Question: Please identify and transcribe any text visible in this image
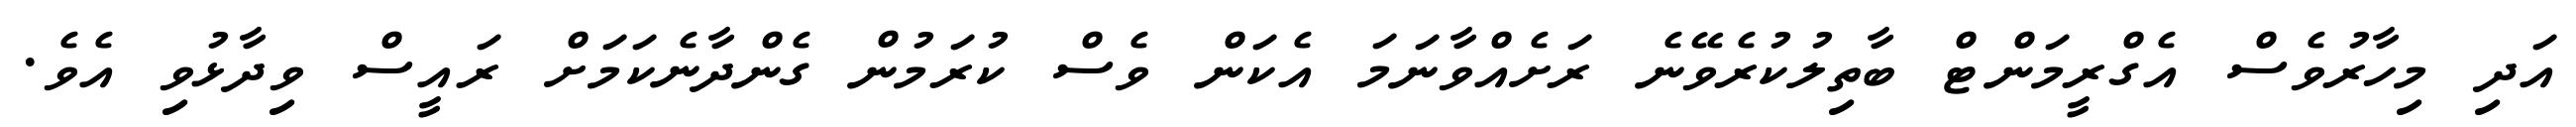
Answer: އަދި މިހާރުވެސް އެގްރީމަންޓް ބާތިލުކުރެވޭނެ ރަށެއްވާނަމަ އެކަން ވެސް ކުރަމުން ގެންދާނެކަމަށް ރައީސް ވިދާޅުވި އެވެ.